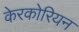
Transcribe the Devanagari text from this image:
केरकोरियन